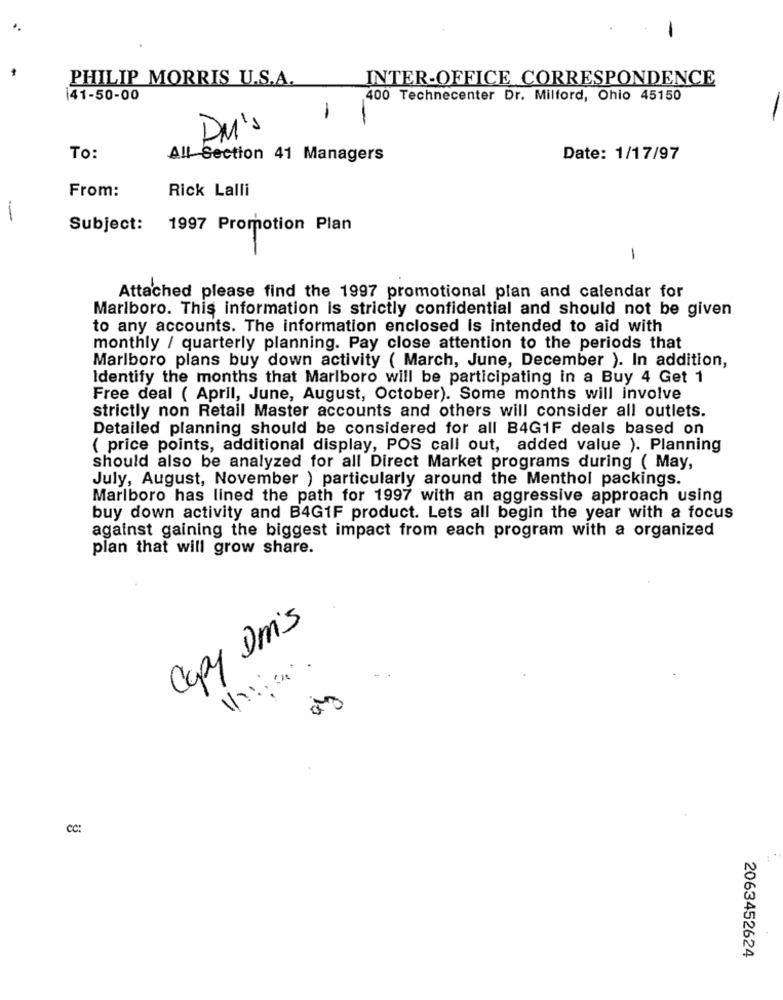
PHILIP MORRIS U.S.A.
INTER-OFFICE CORRESPONDENCE
141-50-00
400 Technecenter Dr. Milford, Ohio 45150
1
-
DM's
To:
All Section 41 Managers
Date: 1/17/97
From:
Rick Lalli
--
Subject:
1997 Promotion Plan
-
Attached please find the 1997 promotional plan and calendar for
Marlboro. This information is strictly confidential and should not be given
to any accounts. The information enclosed Is intended to aid with
monthly / quarterly planning. Pay close attention to the periods that
Marlboro plans buy down activity ( March, June, December ). In addition,
Identify the months that Marlboro will be participating in a Buy 4 Get 1
Free deal ( April, June, August, October). Some months will involve
strictly non Retail Master accounts and others will consider all outlets.
Detailed planning should be considered for all B4G1F deals based on
( price points, additional display, POS call out, added value ). Planning
should also be analyzed for all Direct Market programs during ( May,
July, August, November ) particularly around the Menthol packings.
Marlboro has lined the path for 1997 with an aggressive approach using
buy down activity and B4G1F product. Lets all begin the year with a focus
against gaining the biggest impact from each program with a organized
plan that will grow share.
Copy Dm's
cc:
2063452624